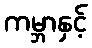
ကမ္ဘာနှင့်